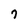
Character: 7